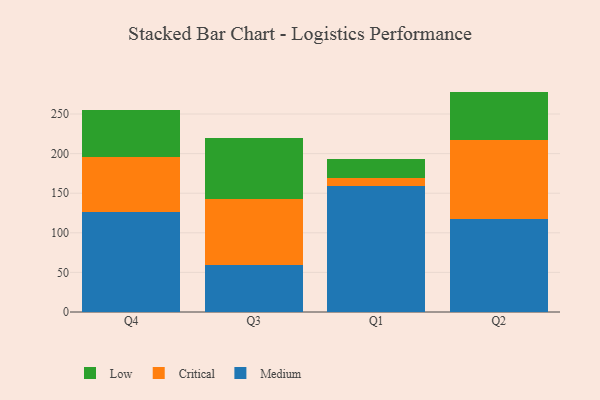
{"axis": {"x": "Quarter", "y": "Satisfaction Score"}, "legend": ["Critical", "Low", "Medium"], "data": [{"x": "Q4", "y": 126.4, "type": "Medium"}, {"x": "Q4", "y": 69.7, "type": "Critical"}, {"x": "Q4", "y": 58.5, "type": "Low"}, {"x": "Q3", "y": 59.0, "type": "Medium"}, {"x": "Q3", "y": 83.7, "type": "Critical"}, {"x": "Q3", "y": 77.5, "type": "Low"}, {"x": "Q1", "y": 158.6, "type": "Medium"}, {"x": "Q1", "y": 10.6, "type": "Critical"}, {"x": "Q1", "y": 23.6, "type": "Low"}, {"x": "Q2", "y": 117.5, "type": "Medium"}, {"x": "Q2", "y": 99.5, "type": "Critical"}, {"x": "Q2", "y": 61.3, "type": "Low"}]}